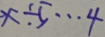
x \div 5 \cdots 4